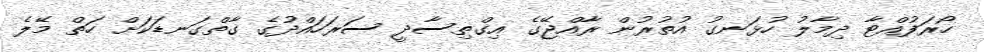
ހޯރަފުއްޓާ ދިމާލު ހުޅަނގު އުތުރުން ރާއްޖޭގެ އިގްތިސާދީ ސަރަހައްދުގެ ގާތްގަނޑަކަށް ހަތް މޭލެ